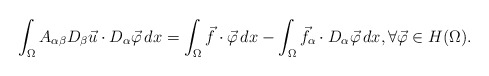
\begin{align*}\int_\Omega A_{\alpha\beta}D_\beta \vec u\cdot D_\alpha \vec \varphi\,dx=\int_\Omega \vec f\cdot \vec \varphi\,dx-\int_\Omega \vec f_\alpha \cdot D_\alpha \vec \varphi\,dx, \forall \vec \varphi\in H(\Omega).\end{align*}